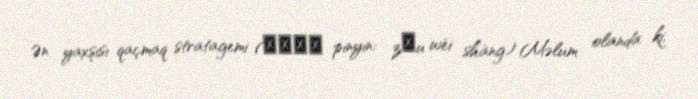
Ən yaxşısı qaçmaq stratagemi (走為上計 pinyin: zǒu wéi shàng) Məlum olanda ki,